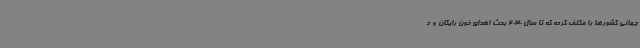
جهانی کشورها را مکلف کرده که تا سال 2030 بحث اهدای خون رایگان و د